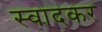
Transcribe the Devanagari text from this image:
स्वादकर